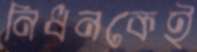
নিধনকেই